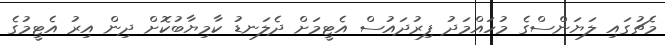
މެޗުގައި ލަޔަންސްގެ މުހައްމަދު ފިރުދައުސް އެޓީމަށް ދެލަނޑު ކާމިޔާބުކޮށް ދިން އިރު އެޓީމުގެ